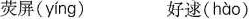
荧屏( yíng ) 好逑( hào )